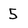
Character: 5